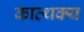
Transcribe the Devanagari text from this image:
कात्थक्य